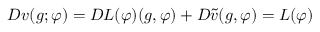
D v ( g ; \varphi ) = D L ( \varphi ) ( g , \varphi ) + D \tilde { v } ( g , \varphi ) = L ( \varphi )